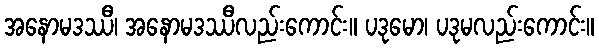
အနောမဒဿီ၊ အနောမဒဿီလည်းကောင်း။ ပဒုမော၊ ပဒုမလည်းကောင်း။